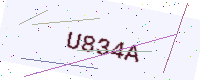
Text: U834A